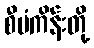
စီမံကိန်းတို့